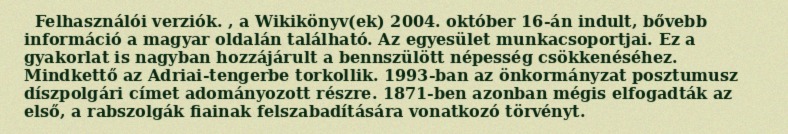
Felhasználói verziók. , a Wikikönyv(ek) 2004. október 16-án indult, bővebb információ a magyar oldalán található. Az egyesület munkacsoportjai. Ez a gyakorlat is nagyban hozzájárult a bennszülött népesség csökkenéséhez. Mindkettő az Adriai-tengerbe torkollik. 1993-ban az önkormányzat posztumusz díszpolgári címet adományozott részre. 1871-ben azonban mégis elfogadták az első, a rabszolgák fiainak felszabadítására vonatkozó törvényt.